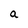
Character: a